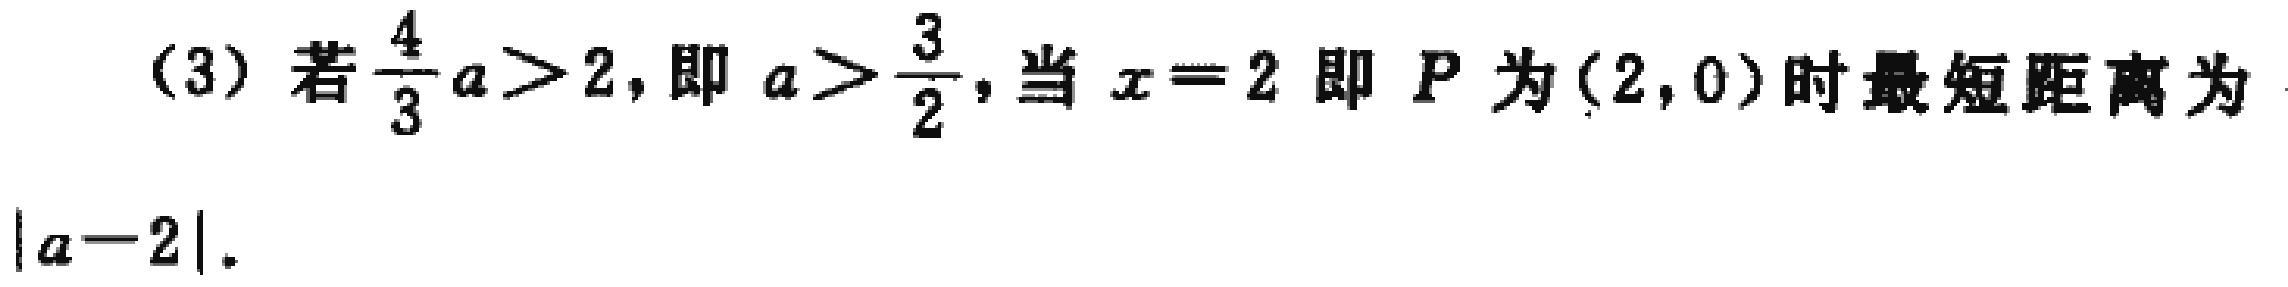
(3) 若$\frac{4}{3}a > 2$, 即 $a > \frac{3}{2}$, 当 $x = 2$ 即 $P$ 为$(2,0)$时最短距离为$|a - 2|$.